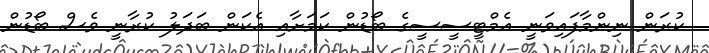
ކުރަން ނިންމާފައިވަނީ އެމްޓީސީސީގެ ބޯޑުން ކަމަށާއި އެކަން ބަދަލު ކުރާނީ ވެސް ބޯޑުން